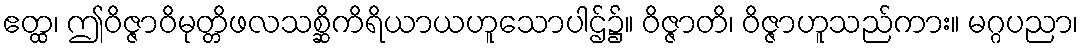
ဧတ္ထ၊ ဤဝိဇ္ဇာဝိမုတ္တိဖလသစ္ဆိကိရိယာယဟူသောပါဌ်၌။ ဝိဇ္ဇာတိ၊ ဝိဇ္ဇာဟူသည်ကား။ မဂ္ဂပညာ၊